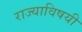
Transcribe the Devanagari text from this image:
राज्याविषयी